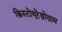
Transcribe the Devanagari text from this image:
क्रिस्टोयूरेथ्रोग्राम